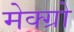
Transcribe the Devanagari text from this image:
मेक्ग्रो